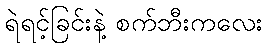
ရဲရင့်ခြင်းနဲ့ စက်ဘီးကလေး